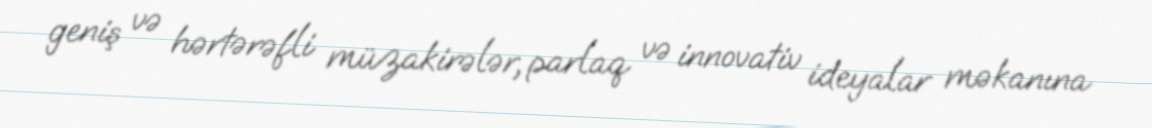
geniş və hərtərəfli müzakirələr, parlaq və innovativ ideyalar məkanına